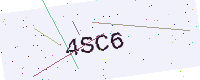
Text: 4SC6